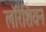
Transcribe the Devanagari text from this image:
लॉरेंशियन